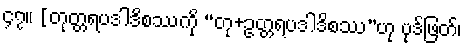
၄၇။ [တုတ္တရပဒါဒိစဿကို “တု+ဥတ္တရပဒါဒိစဿ”ဟု ပုဒ်ဖြတ်၊